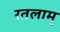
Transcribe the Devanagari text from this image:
रतलाम्